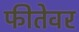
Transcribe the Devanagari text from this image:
फीतेवर